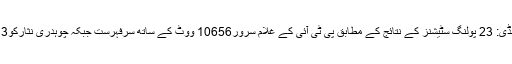
این اے63 راولپنڈی: 23 پولنگ سٹیشنز کے نتائج کے مطابق پی ٹی آئی کے غلام سرور10656 ووٹ کے ساتھ سرفہرست جبکہ چوہدری نثارکو4813 ووٹ ملے۔